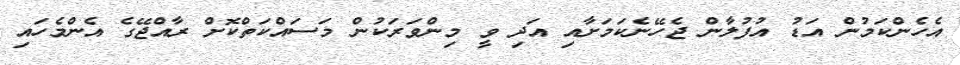
އެހެންކަމުން އަޑު އުފުލާން ޖެހޭނެކަމަށާއި އަދި ވީ މިންވަރަކުން މަސައްކަތްކޮށް ރާއްޖޭގެ އެންމެހައި